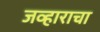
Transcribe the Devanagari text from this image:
जव्हाराचा